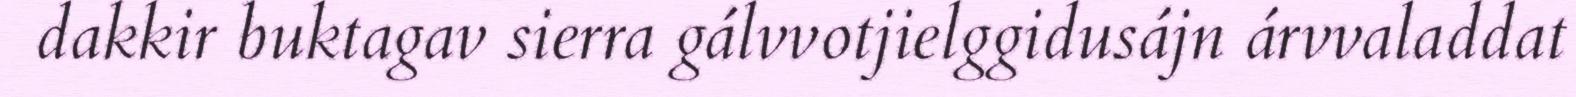
dakkir buktagav sierra gálvvotjielggidusájn árvvaladdat